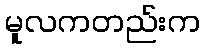
မူလကတည်းက